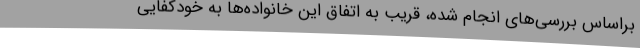
براساس بررسی‌های انجام شده، قریب به اتفاق این خانواده‌ها به خودکفایی